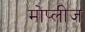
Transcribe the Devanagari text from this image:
मोप्लीज